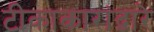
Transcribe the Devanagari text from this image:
टीकाकारांद्वारे